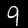
Label: 9